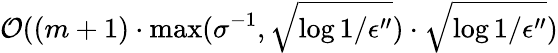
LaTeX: \mathcal{O}((m+1)\cdot\operatorname*{max}(\sigma^{-1},\sqrt{\log{1/\epsilon^{\prime\prime}}})\cdot\sqrt{\log{1/\epsilon^{\prime\prime}}})